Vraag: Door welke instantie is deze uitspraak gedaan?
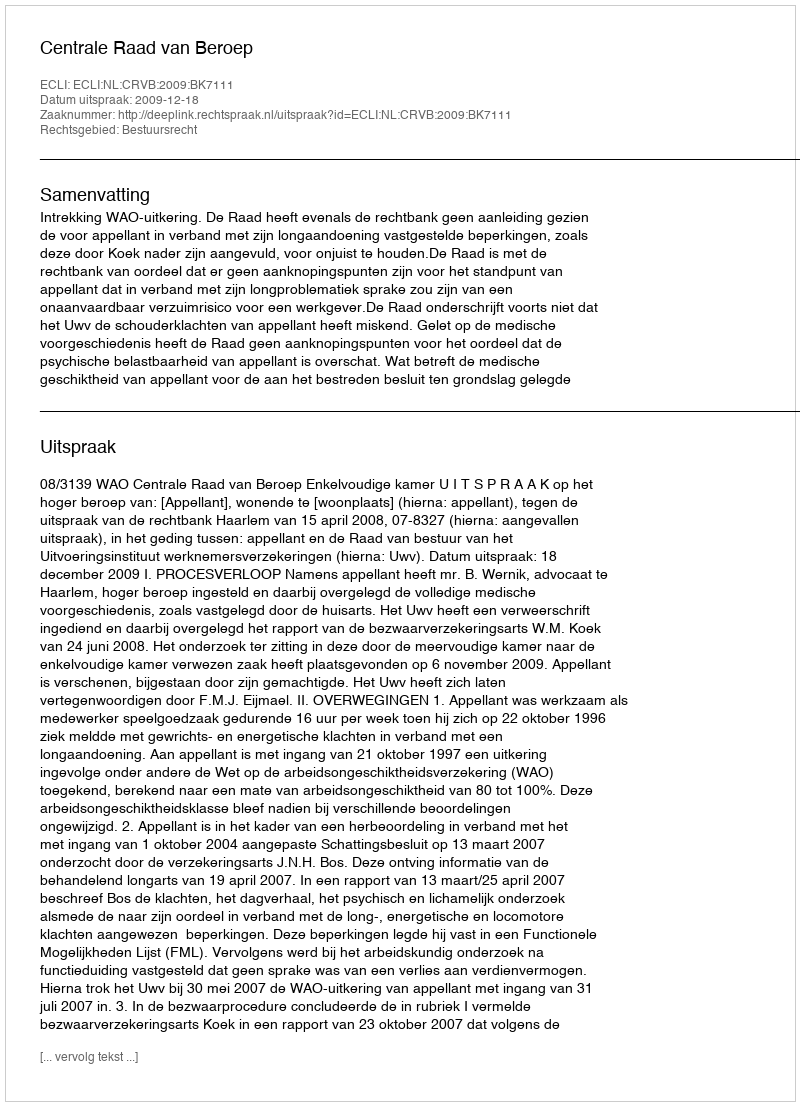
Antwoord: Centrale Raad van Beroep